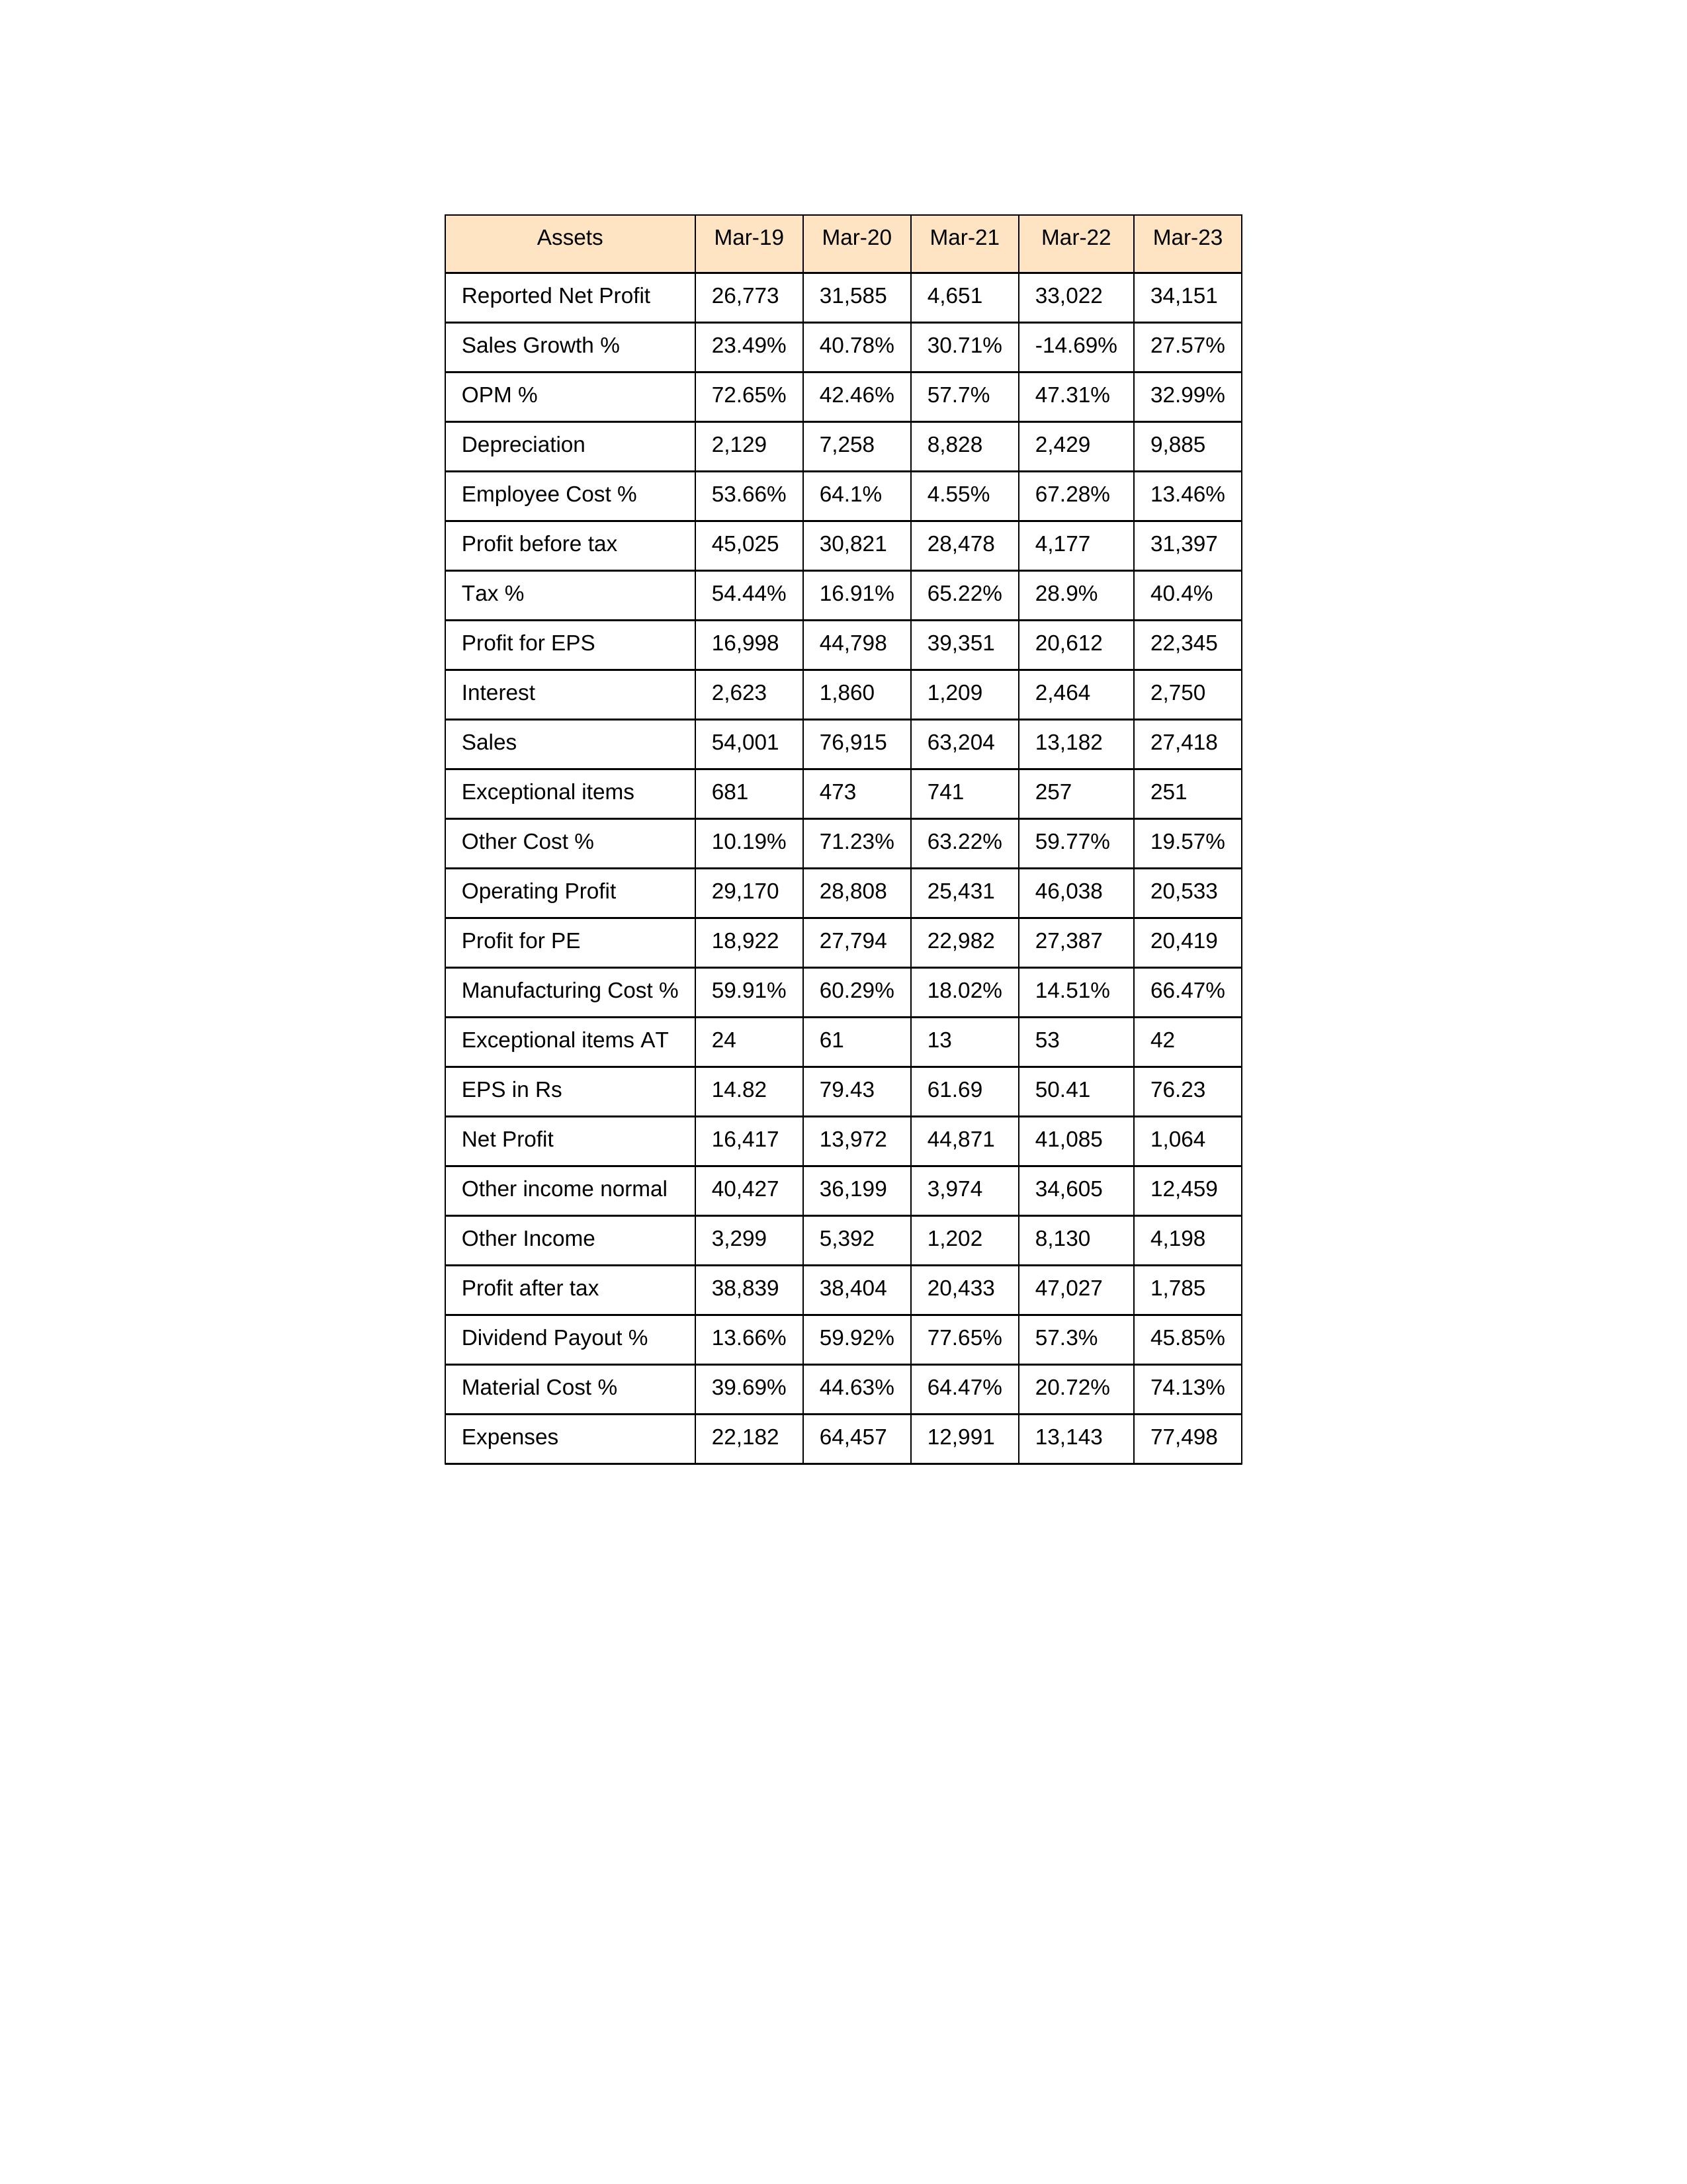
gt_parse: Mar-19: Sales: 54,001
Sales Growth %: 23.49%
Expenses: 22,182
Material Cost %: 39.69%
Manufacturing Cost %: 59.91%
Employee Cost %: 53.66%
Other Cost %: 10.19%
Operating Profit: 29,170
OPM %: 72.65%
Other Income: 3,299
Exceptional items: 681
Other income normal: 40,427
Interest: 2,623
Depreciation: 2,129
Profit before tax: 45,025
Tax %: 54.44%
Net Profit: 16,417
Profit after tax: 38,839
Reported Net Profit: 26,773
Profit for EPS: 16,998
Exceptional items AT: 24
Profit for PE: 18,922
EPS in Rs: 14.82
Dividend Payout %: 13.66%
Mar-20: Sales: 76,915
Sales Growth %: 40.78%
Expenses: 64,457
Material Cost %: 44.63%
Manufacturing Cost %: 60.29%
Employee Cost %: 64.1%
Other Cost %: 71.23%
Operating Profit: 28,808
OPM %: 42.46%
Other Income: 5,392
Exceptional items: 473
Other income normal: 36,199
Interest: 1,860
Depreciation: 7,258
Profit before tax: 30,821
Tax %: 16.91%
Net Profit: 13,972
Profit after tax: 38,404
Reported Net Profit: 31,585
Profit for EPS: 44,798
Exceptional items AT: 61
Profit for PE: 27,794
EPS in Rs: 79.43
Dividend Payout %: 59.92%
Mar-21: Sales: 63,204
Sales Growth %: 30.71%
Expenses: 12,991
Material Cost %: 64.47%
Manufacturing Cost %: 18.02%
Employee Cost %: 4.55%
Other Cost %: 63.22%
Operating Profit: 25,431
OPM %: 57.7%
Other Income: 1,202
Exceptional items: 741
Other income normal: 3,974
Interest: 1,209
Depreciation: 8,828
Profit before tax: 28,478
Tax %: 65.22%
Net Profit: 44,871
Profit after tax: 20,433
Reported Net Profit: 4,651
Profit for EPS: 39,351
Exceptional items AT: 13
Profit for PE: 22,982
EPS in Rs: 61.69
Dividend Payout %: 77.65%
Mar-22: Sales: 13,182
Sales Growth %: -14.69%
Expenses: 13,143
Material Cost %: 20.72%
Manufacturing Cost %: 14.51%
Employee Cost %: 67.28%
Other Cost %: 59.77%
Operating Profit: 46,038
OPM %: 47.31%
Other Income: 8,130
Exceptional items: 257
Other income normal: 34,605
Interest: 2,464
Depreciation: 2,429
Profit before tax: 4,177
Tax %: 28.9%
Net Profit: 41,085
Profit after tax: 47,027
Reported Net Profit: 33,022
Profit for EPS: 20,612
Exceptional items AT: 53
Profit for PE: 27,387
EPS in Rs: 50.41
Dividend Payout %: 57.3%
Mar-23: Sales: 27,418
Sales Growth %: 27.57%
Expenses: 77,498
Material Cost %: 74.13%
Manufacturing Cost %: 66.47%
Employee Cost %: 13.46%
Other Cost %: 19.57%
Operating Profit: 20,533
OPM %: 32.99%
Other Income: 4,198
Exceptional items: 251
Other income normal: 12,459
Interest: 2,750
Depreciation: 9,885
Profit before tax: 31,397
Tax %: 40.4%
Net Profit: 1,064
Profit after tax: 1,785
Reported Net Profit: 34,151
Profit for EPS: 22,345
Exceptional items AT: 42
Profit for PE: 20,419
EPS in Rs: 76.23
Dividend Payout %: 45.85%